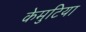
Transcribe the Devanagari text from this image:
केमुटिया